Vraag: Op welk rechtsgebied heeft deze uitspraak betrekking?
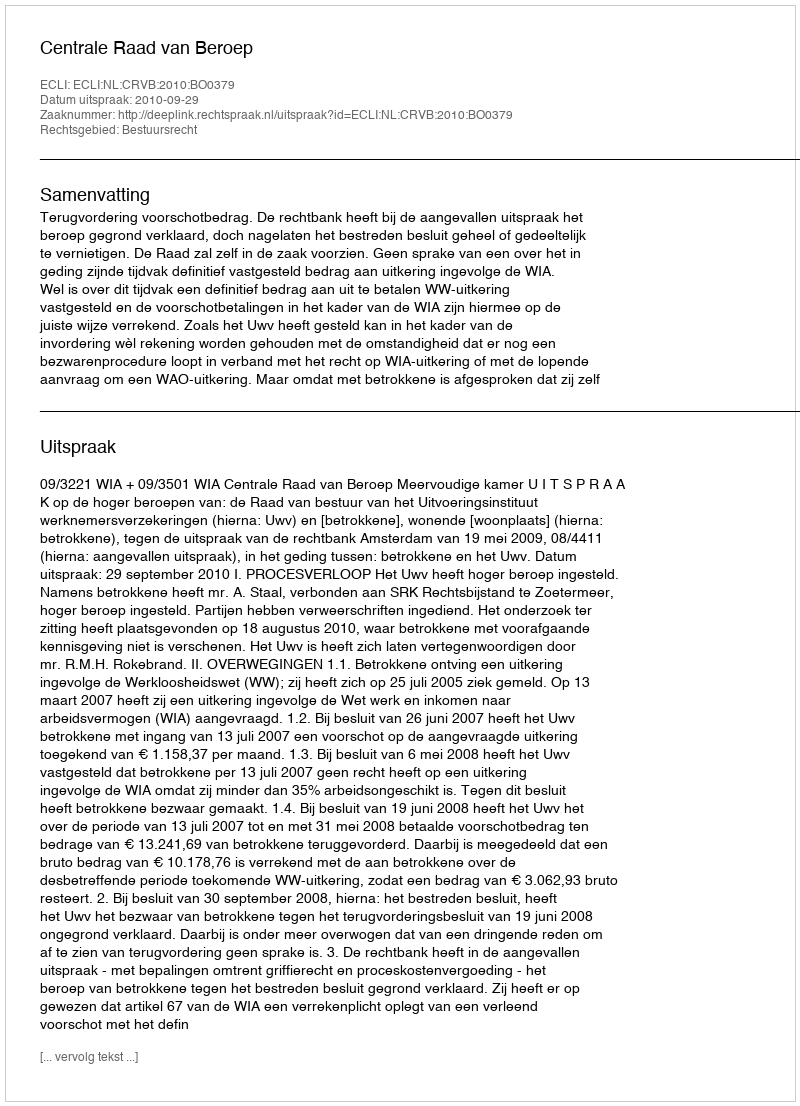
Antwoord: Bestuursrecht